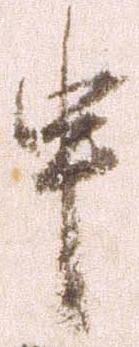
申